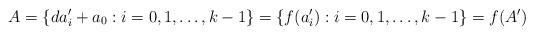
LaTeX: \begin{align*}A = \{da'_i + a_0: i=0,1,\ldots, k-1\} = \{f(a'_i): i=0,1,\ldots, k-1\} = f(A')\end{align*}